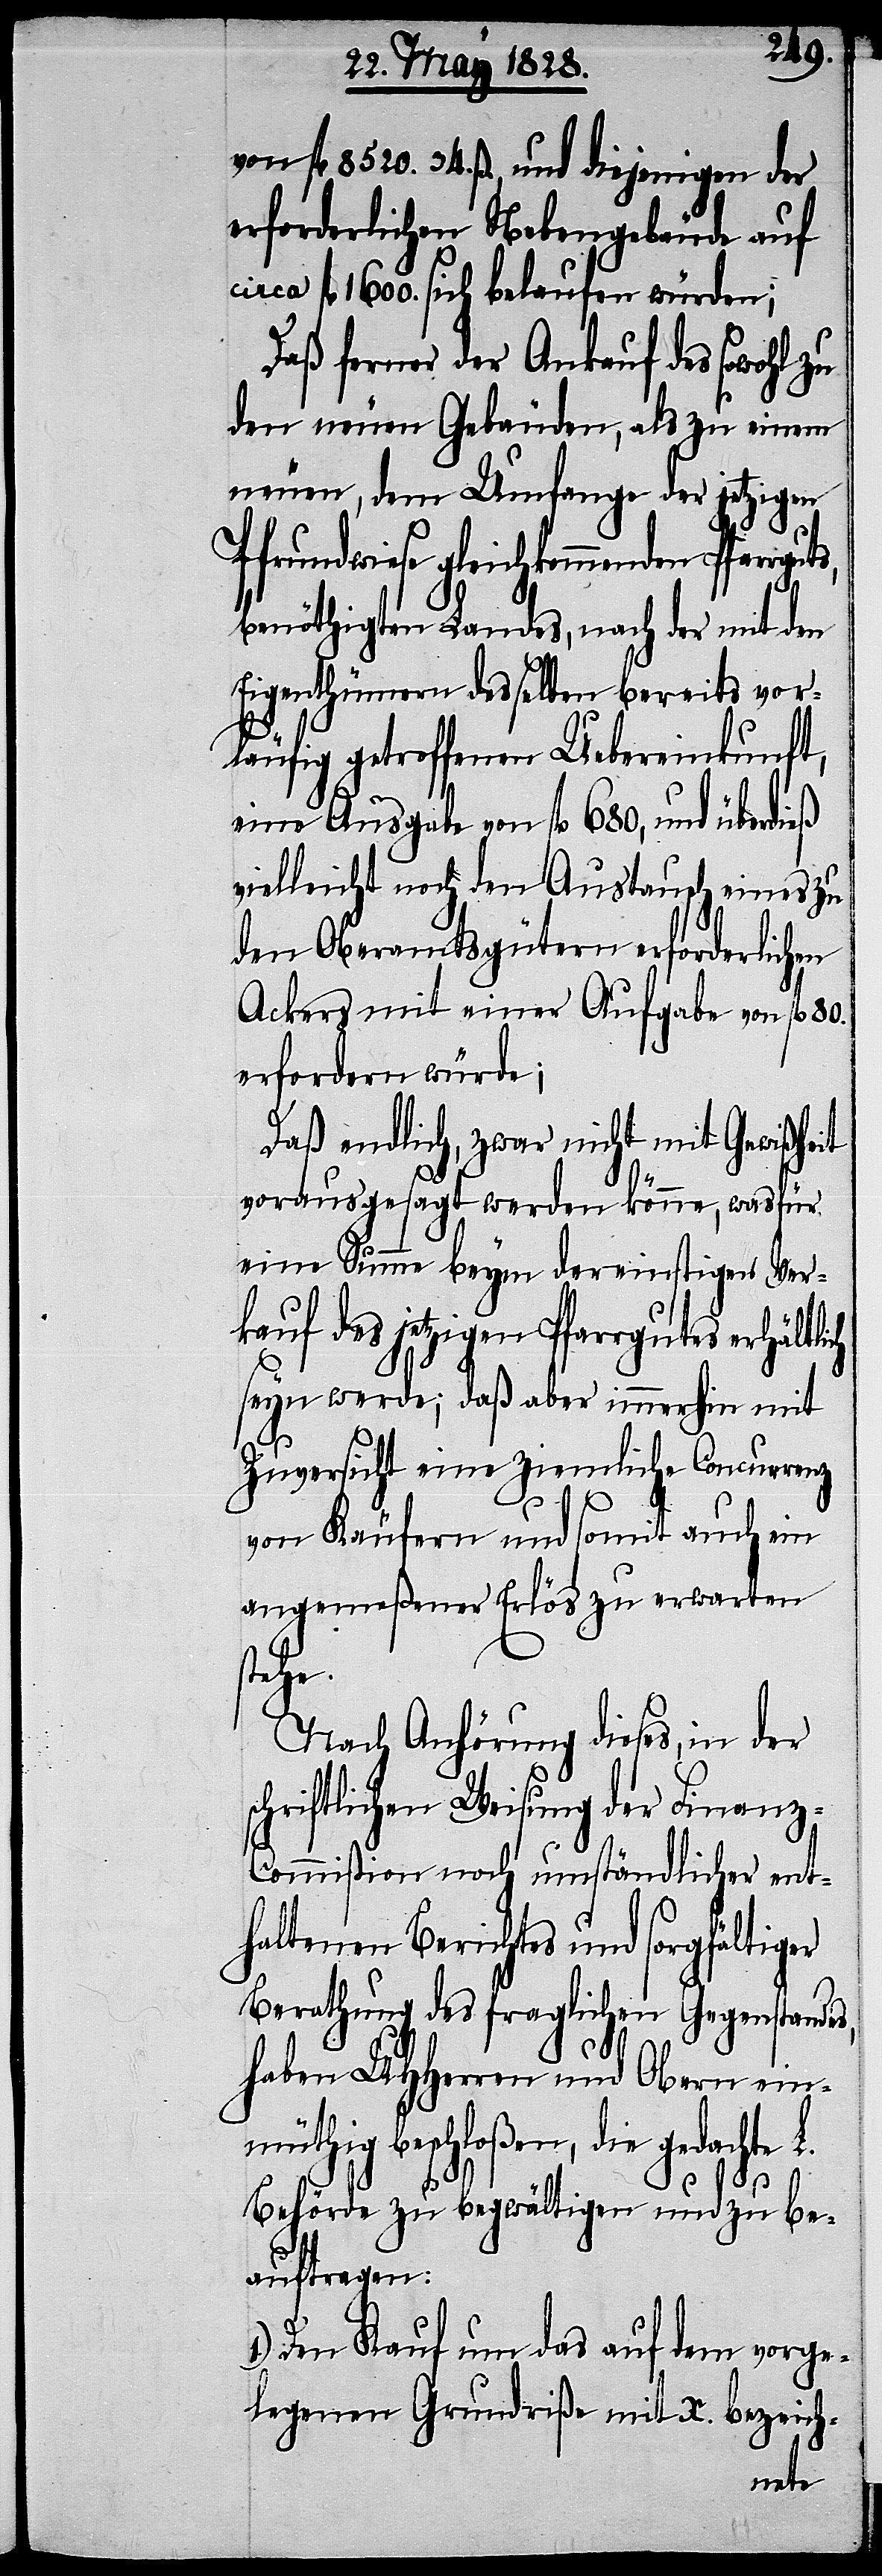
von fl. 8520. 34. ß., und diejenigen der
erforderlichen Nebengebäude auf
fl. 1600. sich belaufen würden;
Daß ferner der Ankauf des sowohl zu
den neuen Gebäuden, als zu einem
neuen, dem Umfange der jetzigen
Pfrundwiese gleichkommenden Pfarrg¬
benöthigten Landes, nach der mit den
Eigenthümern desselben bereits vor¬
ch
läufig getroffenen Uebereinkunft,
eine Ausgabe von fl. 680, und überdieß
vielleicht noch den Austausch eines zu
den Oberamtsgütern erforderlichen
Ackers mit einer Aufgabe von fl. 80.
erfordern würde;
Daß endlich, zwar nicht mit Gewißheit
vorausgesagt werden könne, was für
eine Summe beym dereinstigen Ver¬
kauf des jetzigen Pfarrgutes erhältli¬
seyn werde; daß aber immerhin mit
Zuversicht eine ziemliche Concurrenz
von Käufern und somit auch ein
angemeßener Erlös zu erwarten
stehe.
Nach Anhörung dieses, in der
schriftlichen Weisung der Finanz-C¬
ommißion noch umständlicher ent¬
haltenen Berichtes und sorgfältiger
Berathung des fraglichen Gegenstandes,
haben UHHerren und Obern ein¬
müthig beschloßen, die gedachte L.
Behörde zu begwältigen und zu be¬
auftragen:
Den Kauf um das auf dem vorge¬
legenen Grundriße mit X. bezeich-